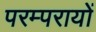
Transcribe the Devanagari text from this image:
परम्परायों